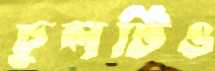
চুলটিও